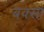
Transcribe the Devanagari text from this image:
बक्सा़